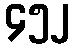
၄၅၂